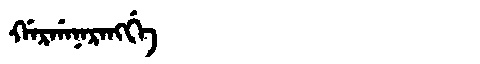
Manchu: ᡤᠠᡵᡤᠠᠨᠠᡵᠠᠩᡤᡝ
Romanization: GARGANARANGGE